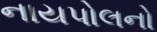
નાયપોલનો